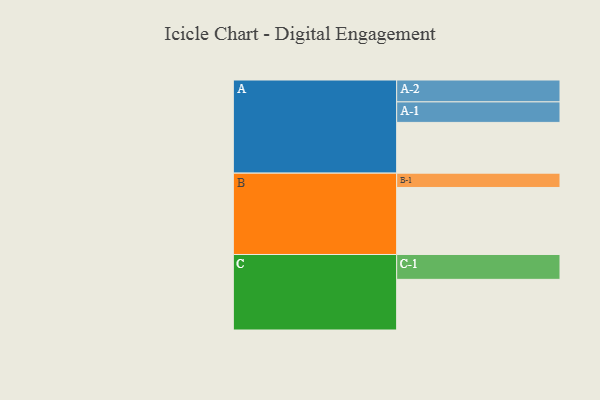
{"axis": {"x": "Segment", "y": "Value"}, "legend": ["", "A", "B", "C"], "data": [{"x": "A", "y": 443, "type": ""}, {"x": "B", "y": 585, "type": ""}, {"x": "C", "y": 442, "type": ""}, {"x": "A-1", "y": 179, "type": "A"}, {"x": "A-2", "y": 191, "type": "A"}, {"x": "B-1", "y": 125, "type": "B"}, {"x": "C-1", "y": 217, "type": "C"}]}